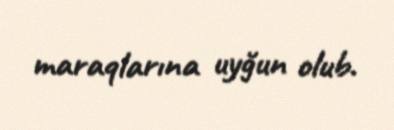
maraqlarına uyğun olub.